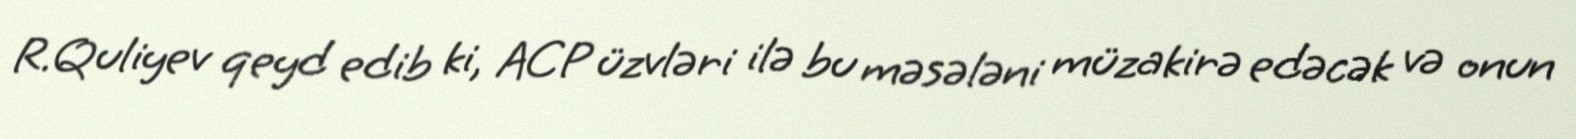
R.Quliyev qeyd edib ki, ACP üzvləri ilə bu məsələni müzakirə edəcək və onun